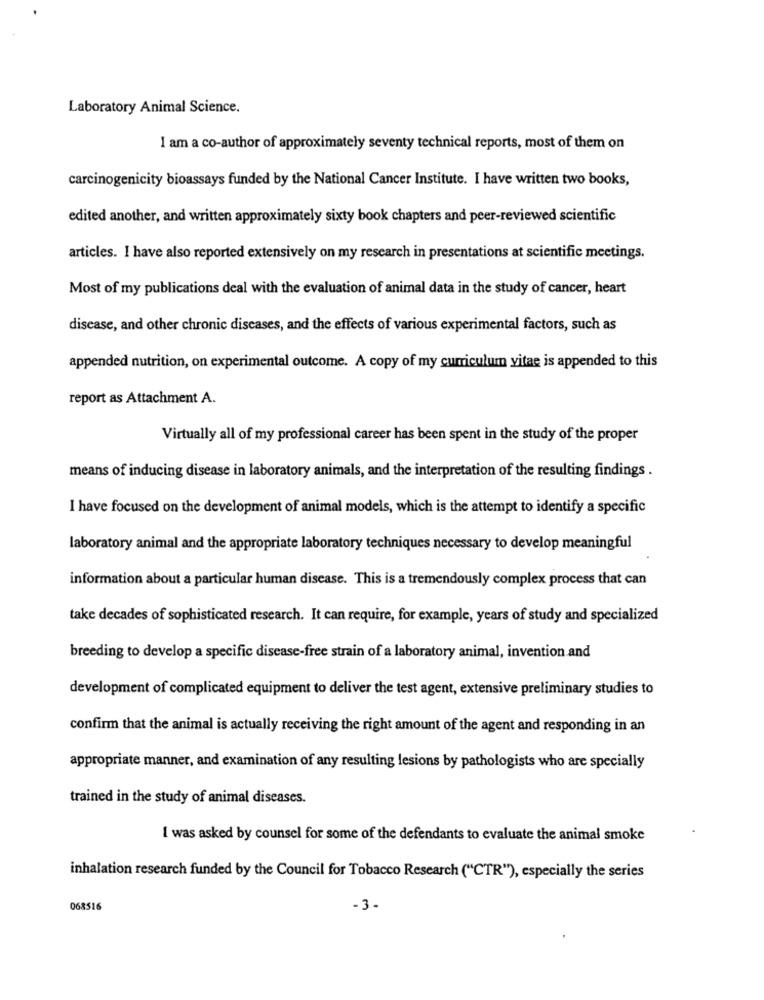
Laboratory Animal Science.
I am a co-author of approximately seventy technical reports, most of them on
carcinogenicity bioassays funded by the National Cancer Institute. I have written two books,
edited another, and written approximately sixty book chapters and peer-reviewed scientific
articles. I have also reported extensively on my research in presentations at scientific meetings.
Most of my publications deal with the evaluation of animal data in the study of cancer, heart
disease, and other chronic diseases, and the effects of various experimental factors, such as
appended nutrition, on experimental outcome. A copy of my curriculum vitae is appended to this
report as Attachment A.
Virtually all of my professional career has been spent in the study of the proper
means of inducing disease in laboratory animals, and the interpretation of the resulting findings .
I have focused on the development of animal models, which is the attempt to identify a specific
laboratory animal and the appropriate laboratory techniques necessary to develop meaningful
information about a particular human disease. This is a tremendously complex process that can
take decades of sophisticated research. It can require, for example, years of study and specialized
breeding to develop a specific disease-free strain of a laboratory animal, invention and
development of complicated equipment to deliver the test agent, extensive preliminary studies to
confirm that the animal is actually receiving the right amount of the agent and responding in an
appropriate manner, and examination of any resulting lesions by pathologists who are specially
trained in the study of animal diseases.
I was asked by counsel for some of the defendants to evaluate the animal smoke
inhalation research funded by the Council for Tobacco Research ("CTR"), especially the series
068516
- 3.